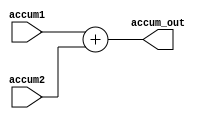
module accumulate (
    input [31:0] accum1,
    input [31:0] accum2,
    output reg [31:0] accum_out
);

    always @(accum2 != 0) begin
        accum_out = accum1 + accum2;
    end
endmodule